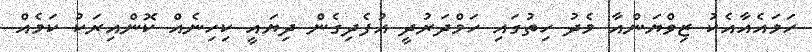
ހަމައެއާއެކު ޒިވްޔަންއާ މެދު ހިތުގައި ހަމްދަރުދީ އުފެދިގެން ދިޔައީ ކިހިނެއް ކޮންއިރަކު ކަމެއް